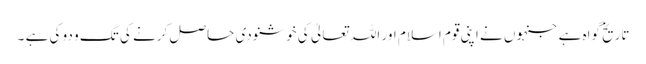
تاریخ گواہ ہے جنہوں نے اپنی قوم اسلام اور اللہ تعالیٰ کی خوشنودی حاصل کرنے کی تگ و دو کی ہے ۔